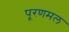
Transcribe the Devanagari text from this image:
पूरणमल